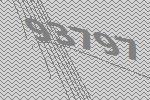
93797